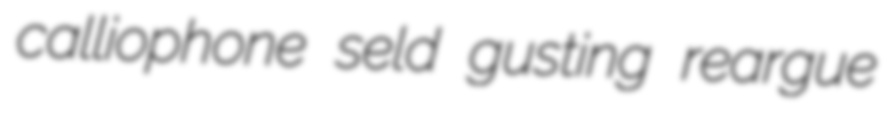
calliophone seld gusting reargue